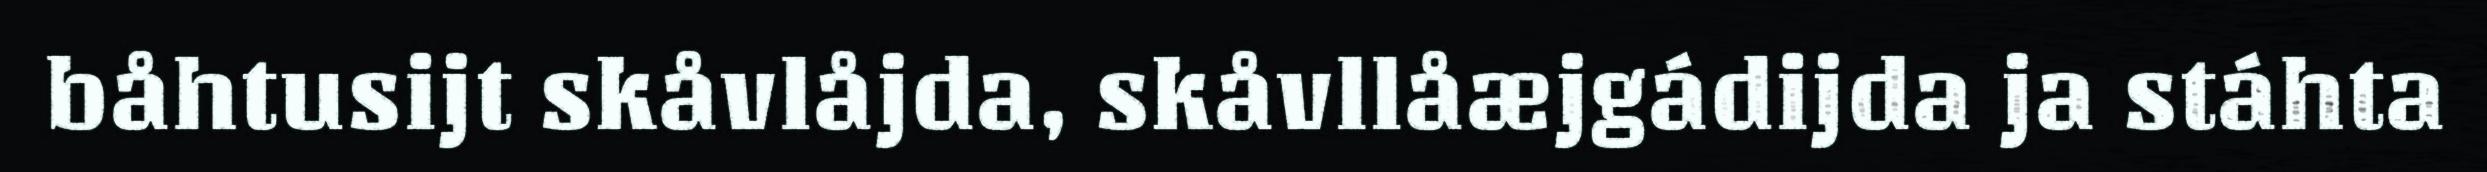
båhtusijt skåvlåjda, skåvllåæjgádijda ja stáhta